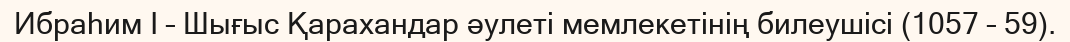
Ибраһим І – Шығыс Қарахандар әулеті мемлекетінің билеушісі (1057 – 59).